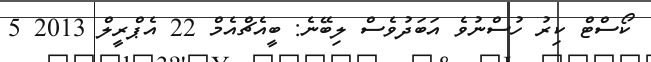
ކޯސްޓް ކިރު ހުސްނުވެ އަބަދުވެސް ލިބޭނެ: ބީއެޗްއެމް 22 އެޕްރީލް 2013 5